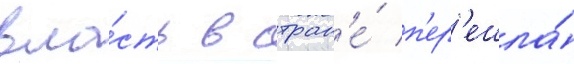
вла́сть в стран'е́ п'ер'ешла́